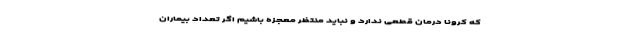
که کرونا درمان قطعی ندارد و نباید منتظر معجزه باشیم اگر تعداد بیماران